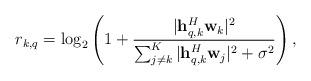
LaTeX: \begin{align*}r_{k,q} = \log_2\left(1 + \frac{|\mathbf{h}_{q,k}^H\mathbf{w}_k|^2}{\sum_{j \neq k}^K|\mathbf{h}_{q,k}^H\mathbf{w}_j|^2 + \sigma^2 } \right),\end{align*}